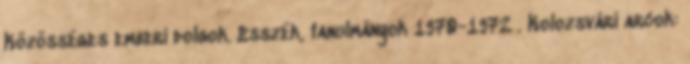
Közösséges emberi dolgok. Esszék, tanulmányok 1970-1972 . Kolozsvári arcok: